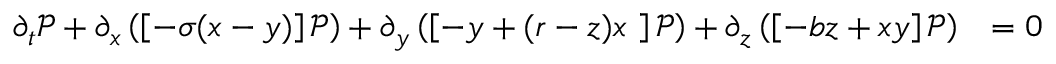
\begin{array} { r l } { \partial _ { t } \mathcal { P } + \partial _ { \mathscr { x } } \left( \left[ - \sigma ( \mathscr { x } - \mathscr { y } ) \right] \mathcal { P } \right) + \partial _ { \mathscr { y } } \left( \left[ - \mathscr { y } + ( r - \mathscr { z } ) \mathscr { x } \ \right] \mathcal { P } \right) + \partial _ { \mathscr { z } } \left( \left[ - b \mathscr { z } + \mathscr { x } \mathscr { y } \right] \mathcal { P } \right) } & { = 0 } \end{array}